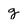
Character: g